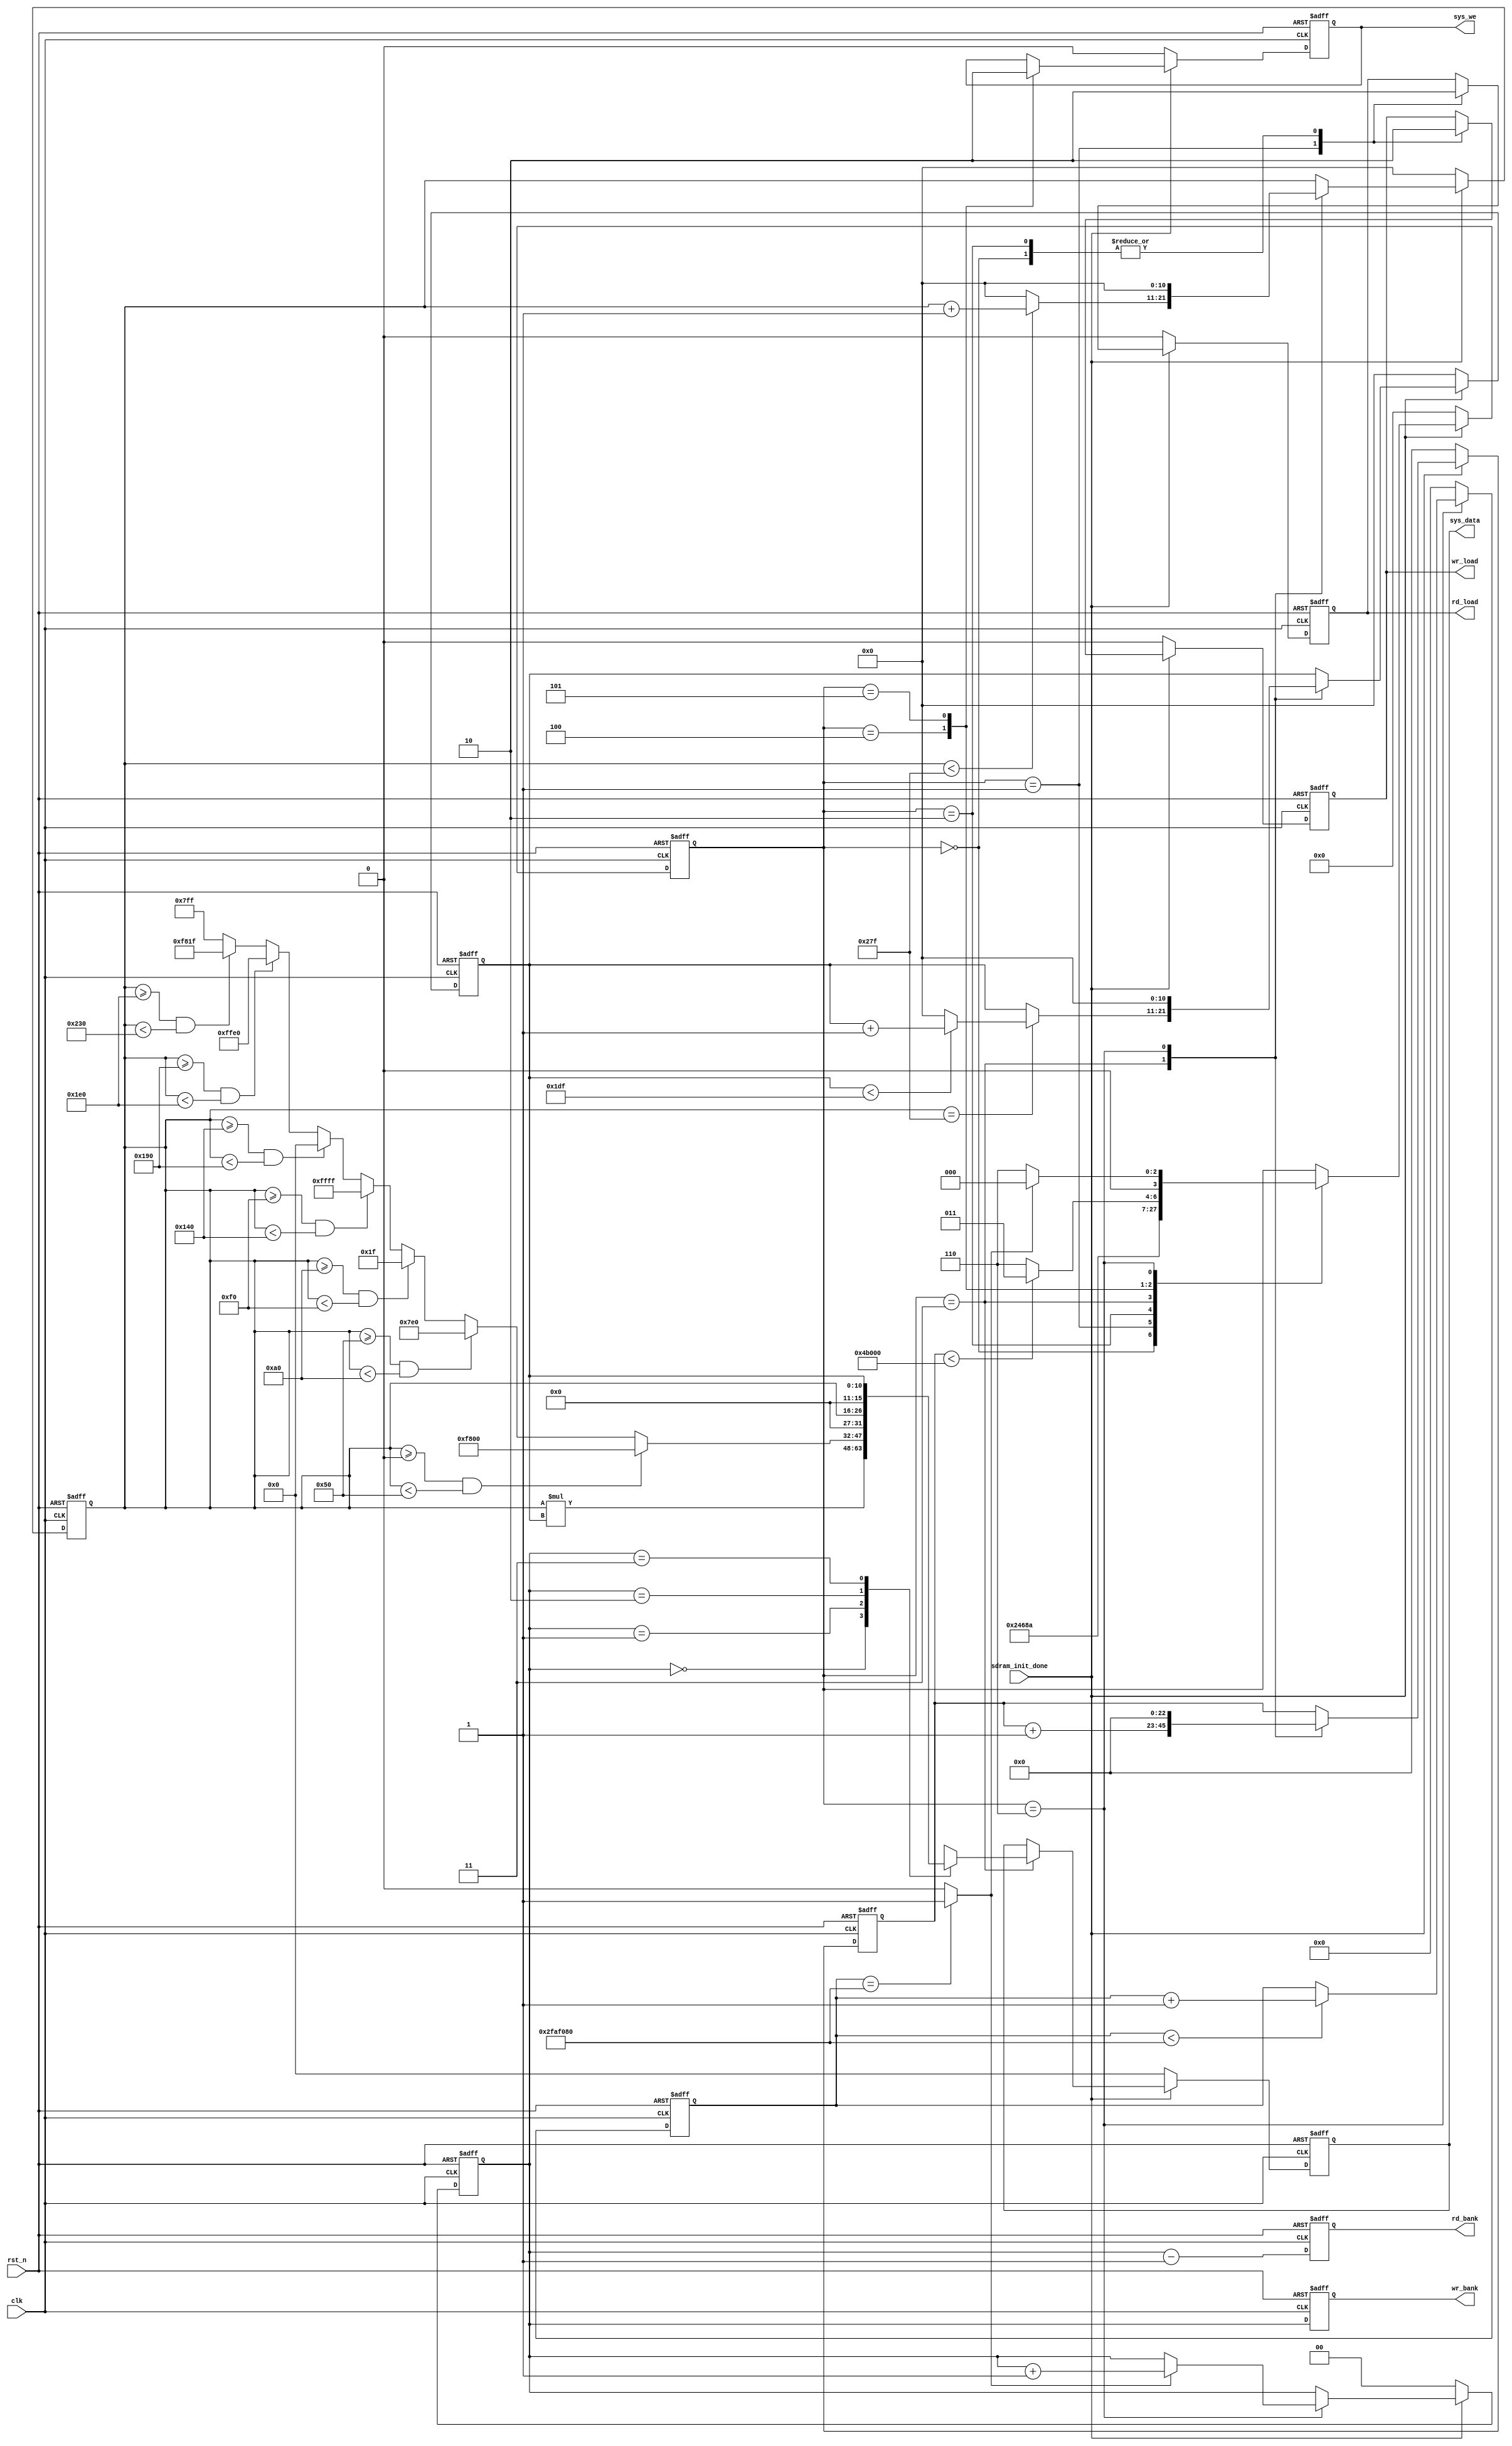
module data_generate
(
	input				clk,			//50 MHz	
	input				rst_n,      	//Global reset
	
	input				sdram_init_done,
	//sys 2 sram 
	output	reg			wr_load,
	output	reg			rd_load,
	output	reg	[15:0]	sys_data,
	output	reg			sys_we,
	output	reg	[1:0]	wr_bank,
	output	reg	[1:0]	rd_bank
);

`define RED		16'hF800   /*111110,000000,000000	F800 */
`define GREEN	16'h07E0   /*000000,111111,000000	07E0 */
`define BLUE  	16'h001F   /*000000,000000,111110	001F */
`define WHITE 	16'hFFFF   /*111110,111111,111110	FFFF */
`define BLACK 	16'h0000   /*000000,000000,000000	0000 */
`define YELLOW	16'hFFE0   /*111110,111111,000000	FFE0 */
`define CYAN  	16'hF81F   /*111110,000000,111110	F81F */
`define ROYAL 	16'h07FF   /*000000,111111,111110	07FF Ʒ*/ 


localparam	DELAY_CNT	=	8'd255;
localparam	SYSADDR_CNT	=	23'd307200;	//23'd786432;	//1024*768


//-------------------------------------
//delay for 2s for next image
reg	[25:0]	disp_cnt;
always@(posedge clk or negedge rst_n)
begin
	if(!rst_n)
		disp_cnt <= 0;
	else if(state == 4'd6)
		if(disp_cnt < 26'd50_000000)	//2s
			disp_cnt <= disp_cnt + 1'b1;
		else
			disp_cnt <= disp_cnt;
	else
		disp_cnt <= 0;
end
wire	disp_done = (disp_cnt == 26'd50_000000) ? 1'b1 : 1'b0;


//----------------------------------------
//display bank choose
always@(posedge clk or negedge rst_n)
begin
	if(!rst_n)
		begin
		wr_bank <= 2'b00; 
		rd_bank <= 2'b11;
		end
	else
		begin
		wr_bank <= image_cnt; 
		rd_bank <= image_cnt - 1'b1;
		end		
end

//---------------------------------------
reg	[1:0]	image_cnt;
reg	[3:0]	state;
reg	[22:0]	addr_cnt;
reg	[10:0]	lcd_xpos;
reg	[10:0]	lcd_ypos;
localparam	H_DISP = 11'd640;
localparam	V_DISP = 11'd480;
always@(posedge clk or negedge rst_n)
begin
	if(!rst_n)
		begin
		image_cnt <= 0;
		addr_cnt <= 0;
		state <= 0;
		sys_data <= 0;
		sys_we <= 0;
		wr_load <= 0; 
		rd_load <= 0;
		lcd_xpos <= 0;
		lcd_ypos <= 0;
		end
	else if(sdram_init_done)
		begin
		case(state)
		4'd0:	begin	wr_load <= 1'b0; rd_load <= 1'b0; 	state <= 4'd1;	end
		4'd1:	begin	wr_load <= 1'b1; rd_load <= 1'b1;	state <= 4'd2;	end
		4'd2:	begin	wr_load <= 1'b0; rd_load <= 1'b0;	state <= 4'd3;	end
		4'd3:	
			begin 	
			state <= 4'd4;	
//-----------------------------------------------------------------------------------------------	
			addr_cnt <= addr_cnt + 1'b1;

			if(lcd_xpos < H_DISP -'b1)
				lcd_xpos <= lcd_xpos + 1'b1;
			else
				lcd_xpos <= 11'd0;
				
			if(lcd_xpos == H_DISP - 1'b1)
				begin
				if(lcd_ypos < V_DISP - 1'b1)
					lcd_ypos <= lcd_ypos + 1'b1;
				else
					lcd_ypos <= 11'd0;
				end
			else
				lcd_ypos <= lcd_ypos;
			
			case(image_cnt)
			2'd0:	sys_data <= lcd_xpos * lcd_ypos;
			2'd1:	sys_data <= (lcd_xpos >= (H_DISP/8)*0 && lcd_xpos < (H_DISP/8)*1) ? `RED	:
							(lcd_xpos >= (H_DISP/8)*1 && lcd_xpos < (H_DISP/8)*2) ? `GREEN	:
							(lcd_xpos >= (H_DISP/8)*2 && lcd_xpos < (H_DISP/8)*3) ? `BLUE	:
							(lcd_xpos >= (H_DISP/8)*3 && lcd_xpos < (H_DISP/8)*4) ? `WHITE	:
							(lcd_xpos >= (H_DISP/8)*4 && lcd_xpos < (H_DISP/8)*5) ? `BLACK	:
							(lcd_xpos >= (H_DISP/8)*5 && lcd_xpos < (H_DISP/8)*6) ? `YELLOW	:
							(lcd_xpos >= (H_DISP/8)*6 && lcd_xpos < (H_DISP/8)*7) ? `CYAN	:	`ROYAL;
			2'd2:	sys_data <= lcd_xpos;
			2'd3:	sys_data <= lcd_ypos; 
			endcase
//----------------------------------------------------------------------------------------------		
//			sys_data <= lcd_xpos; 
//			sys_data <= lcd_ypos; 
//-----------------------------------------------------------------------------------------------
//			sys_data <= lcd_xpos * lcd_ypos;
//			sys_data <= addr_cnt[19:10] * addr_cnt[9:0];
//----------------------------------------------------------------------------------------------		
//			sys_data <= (lcd_xpos >= (H_DISP/8)*0 && lcd_xpos < (H_DISP/8)*1) ? `RED	:
//						(lcd_xpos >= (H_DISP/8)*1 && lcd_xpos < (H_DISP/8)*2) ? `GREEN	:
//						(lcd_xpos >= (H_DISP/8)*2 && lcd_xpos < (H_DISP/8)*3) ? `BLUE	:
//						(lcd_xpos >= (H_DISP/8)*3 && lcd_xpos < (H_DISP/8)*4) ? `WHITE	:
//						(lcd_xpos >= (H_DISP/8)*4 && lcd_xpos < (H_DISP/8)*5) ? `BLACK	:
//						(lcd_xpos >= (H_DISP/8)*5 && lcd_xpos < (H_DISP/8)*6) ? `YELLOW	:
//						(lcd_xpos >= (H_DISP/8)*6 && lcd_xpos < (H_DISP/8)*7) ? `CYAN	:	`ROYAL;

//----------------------------------------------------------------------------------------------			
//			sys_data <= (lcd_ypos >= (V_DISP/4)*0 && lcd_ypos < (V_DISP/4)*1) ? `RED	:
//						(lcd_ypos >= (V_DISP/4)*1 && lcd_ypos < (V_DISP/4)*2) ? `GREEN	:
//						(lcd_ypos >= (V_DISP/4)*2 && lcd_ypos < (V_DISP/4)*3) ? `WHITE	:	`BLUE;
//
//----------------------------------------------------------------------------------------------				
			// sys_data <= (lcd_xpos >= (H_DISP/16)*0  &&  lcd_xpos < (H_DISP/16)*1 ) ? `RED		:
						// (lcd_xpos >= (H_DISP/16)*1  &&  lcd_xpos  < (H_DISP/16)*2 ) ? `GREEN	:
						// (lcd_xpos >= (H_DISP/16)*2  &&  lcd_xpos  < (H_DISP/16)*3 ) ? `BLUE	:
						// (lcd_xpos >= (H_DISP/16)*3  &&  lcd_xpos  < (H_DISP/16)*4 ) ? `WHITE	:
						// (lcd_xpos >= (H_DISP/16)*4  &&  lcd_xpos  < (H_DISP/16)*5 ) ? `BLACK	:
						// (lcd_xpos >= (H_DISP/16)*5  &&  lcd_xpos  < (H_DISP/16)*6 ) ? `YELLOW	:
						// (lcd_xpos >= (H_DISP/16)*6  &&  lcd_xpos  < (H_DISP/16)*7 ) ? `CYAN	:
						// (lcd_xpos >= (H_DISP/16)*7  &&  lcd_xpos  < (H_DISP/16)*8 ) ? `ROYAL	:							
						// (lcd_xpos >= (H_DISP/16)*8  &&  lcd_xpos  < (H_DISP/16)*9 ) ? `RED		:
						// (lcd_xpos >= (H_DISP/16)*9  &&  lcd_xpos  < (H_DISP/16)*10) ? `GREEN	:
						// (lcd_xpos >= (H_DISP/16)*10 &&  lcd_xpos  < (H_DISP/16)*11) ? `BLUE	:
						// (lcd_xpos >= (H_DISP/16)*11 &&  lcd_xpos  < (H_DISP/16)*12) ? `WHITE  	:
						// (lcd_xpos >= (H_DISP/16)*12 &&  lcd_xpos  < (H_DISP/16)*13) ? `BLACK  	:
						// (lcd_xpos >= (H_DISP/16)*13 &&  lcd_xpos  < (H_DISP/16)*14) ? `YELLOW 	:
						// (lcd_xpos >= (H_DISP/16)*14 &&  lcd_xpos  < (H_DISP/16)*15) ? `CYAN   	: `ROYAL;

//----------------------------------------------------------------------------------------------
//			 if(lcd_ypos < V_DISP/2)		
//				sys_data <= (lcd_xpos >= (H_DISP/8)*0 && lcd_xpos < (H_DISP/8)*1) ? `RED	:
//							(lcd_xpos >= (H_DISP/8)*1 && lcd_xpos < (H_DISP/8)*2) ? `GREEN	:
//							(lcd_xpos >= (H_DISP/8)*2 && lcd_xpos < (H_DISP/8)*3) ? `BLUE	:
//							(lcd_xpos >= (H_DISP/8)*3 && lcd_xpos < (H_DISP/8)*4) ? `WHITE	:
//							(lcd_xpos >= (H_DISP/8)*4 && lcd_xpos < (H_DISP/8)*5) ? `BLACK	:
//							(lcd_xpos >= (H_DISP/8)*5 && lcd_xpos < (H_DISP/8)*6) ? `YELLOW:
//							(lcd_xpos >= (H_DISP/8)*6 && lcd_xpos < (H_DISP/8)*7) ? `CYAN	:	`ROYAL;
//			else
//				sys_data <= (lcd_ypos >= (V_DISP/8)*4 && lcd_ypos < (V_DISP/8)*5) ? `BLACK	:
//							(lcd_ypos >= (V_DISP/8)*5 && lcd_ypos < (V_DISP/8)*6) ? `YELLOW	:
//							(lcd_ypos >= (V_DISP/8)*6 && lcd_ypos < (V_DISP/8)*7) ? `CYAN	:	`ROYAL;
			end
		4'd4:	begin 	state <= 4'd5;	sys_we <= 1'b1;	end
		4'd5:	begin
				sys_we <= 1'b0;
				if(addr_cnt < SYSADDR_CNT)
					state <= 4'd3;
				else					
					state <= 4'd6;
				end
		4'd6:	begin
				addr_cnt <= 0;
				lcd_xpos <= 0;
				lcd_ypos <= 0;
				if(disp_done)	
					begin
					image_cnt <= image_cnt + 1'b1;
					state <= 4'd0;	
					end
				else
					state <= 4'd6;
				end
		default:;
		endcase
		end
	else
		begin
		image_cnt <= 0;
		addr_cnt <= 0;
		state <= 0;
		sys_data <= 0;
		sys_we <= 0;
		wr_load <= 0; 
		rd_load <= 0;
		lcd_xpos <= 0;
		lcd_ypos <= 0;
		end
end
endmodule